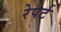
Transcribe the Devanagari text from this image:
रेपर्ट